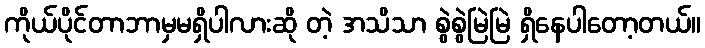
ကိုယ်ပိုင်တာဘာမှမရှိပါလားဆို တဲ့ အသိသာ စွဲစွဲမြဲမြဲ ရှိနေပါတော့တယ်။